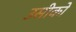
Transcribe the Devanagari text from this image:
उसीको